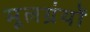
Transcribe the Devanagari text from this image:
मूलग्रंथों